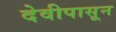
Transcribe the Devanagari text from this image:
देवीपासून